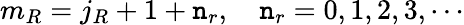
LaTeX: m_{R}=j_{R}+1+\mathtt{n}_{r},\quad\mathtt{n}_{r}=0,1,2,3,\cdots